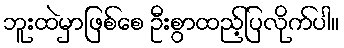
ဘူးထဲမှာဖြစ်စေ ဦးစွာထည့်ပြလိုက်ပါ။